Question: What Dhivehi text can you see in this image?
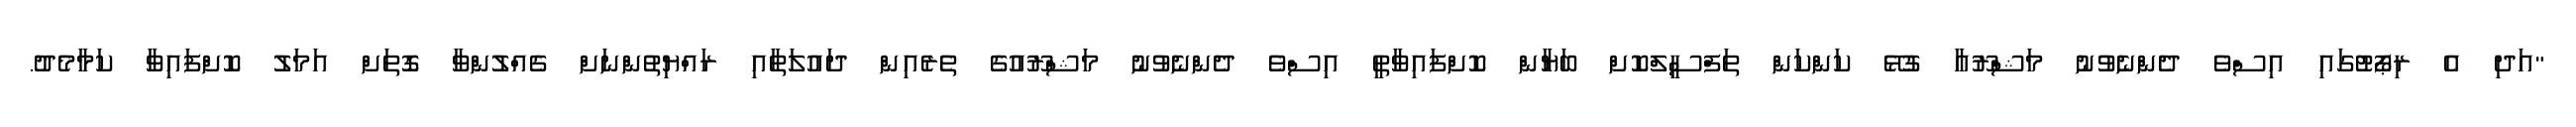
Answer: "އަދި އެ ރިޕޯޓުގައި އިސްވެ ދެންނެވުނު މަޝްރޫއާ ގުޅޭ ކަންކަން ތަފްސީލްކޮށް ބަޔާން ކޮށްފައިވާތީ އިސްވެ ދެންނެވުނު މަޝްރޫއުގެ ތެރެއިން ދައުލަތާއި ރައްޔިތުންނަށް ގެއްލުންވާ ގޮތަށް އަމަލު ކޮށްފައިވާ ކަމާމެދު.